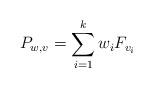
LaTeX: \begin{align*}P_{w,v} =\sum_{i = 1}^k w_i F_{v_i}\end{align*}